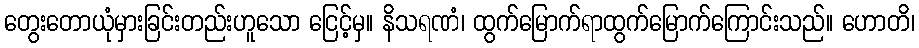
တွေးတောယုံမှားခြင်းတည်းဟူသော ငြေင့်မှ။ နိသရဏံ၊ ထွက်မြောက်ရာထွက်မြောက်ကြောင်းသည်။ ဟောတိ၊